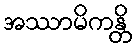
အဿာမိကန္တိ